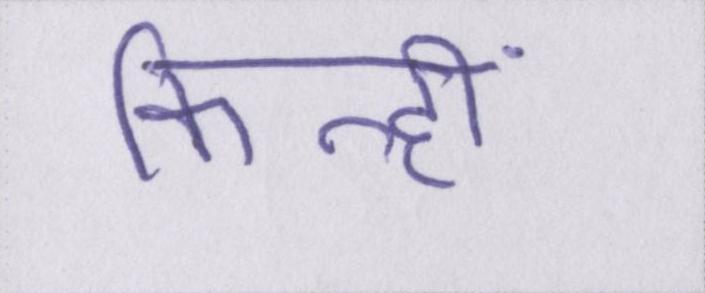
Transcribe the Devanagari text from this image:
किन्हीं